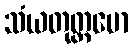
သံယတုတ္တမော